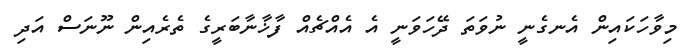
މިވާހަކައިން އެނގެނީ ނުވަތަ ދޭހަވަނީ އެ އެއްޗެއް ފާޚާނާބަރީގެ ތެރެއިން ނޫނަސް އަދި